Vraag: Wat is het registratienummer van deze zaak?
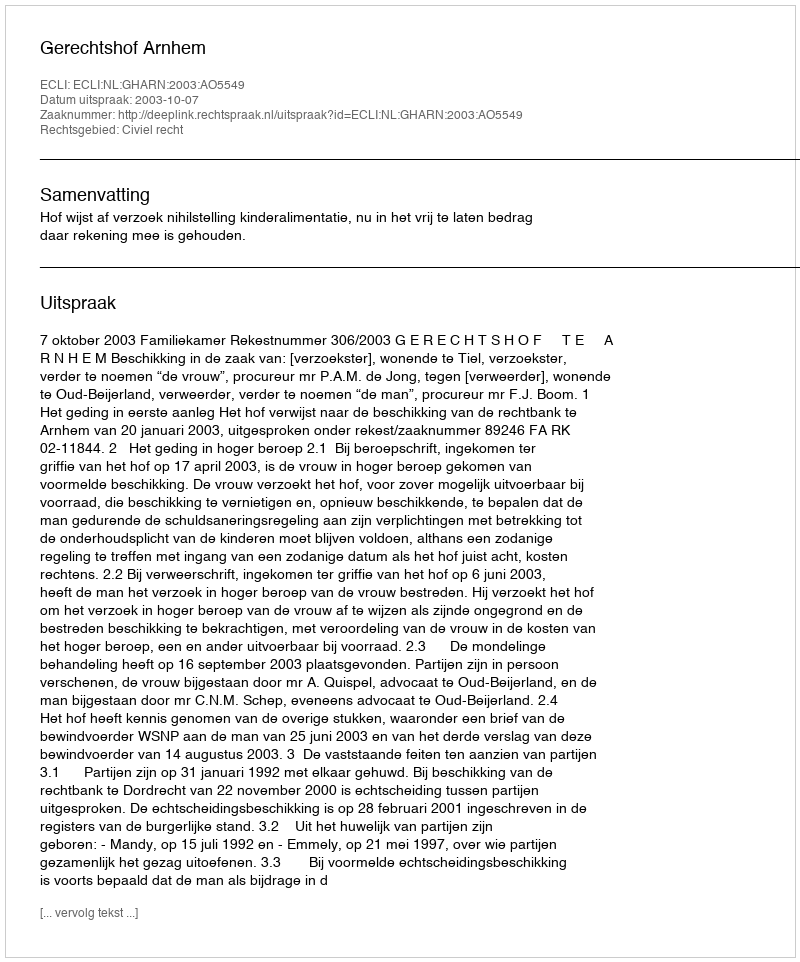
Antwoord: http://deeplink.rechtspraak.nl/uitspraak?id=ECLI:NL:GHARN:2003:AO5549